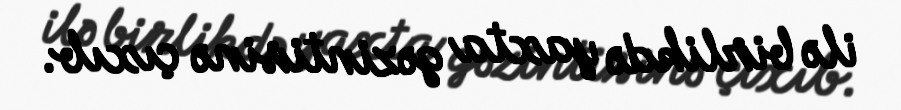
ilə birlikdə yaxta gəzintisinə çıxıb.